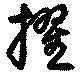
擢